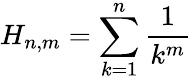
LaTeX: H_{n,m}=\sum_{k=1}^{n}{\frac{1}{k^{m}}}